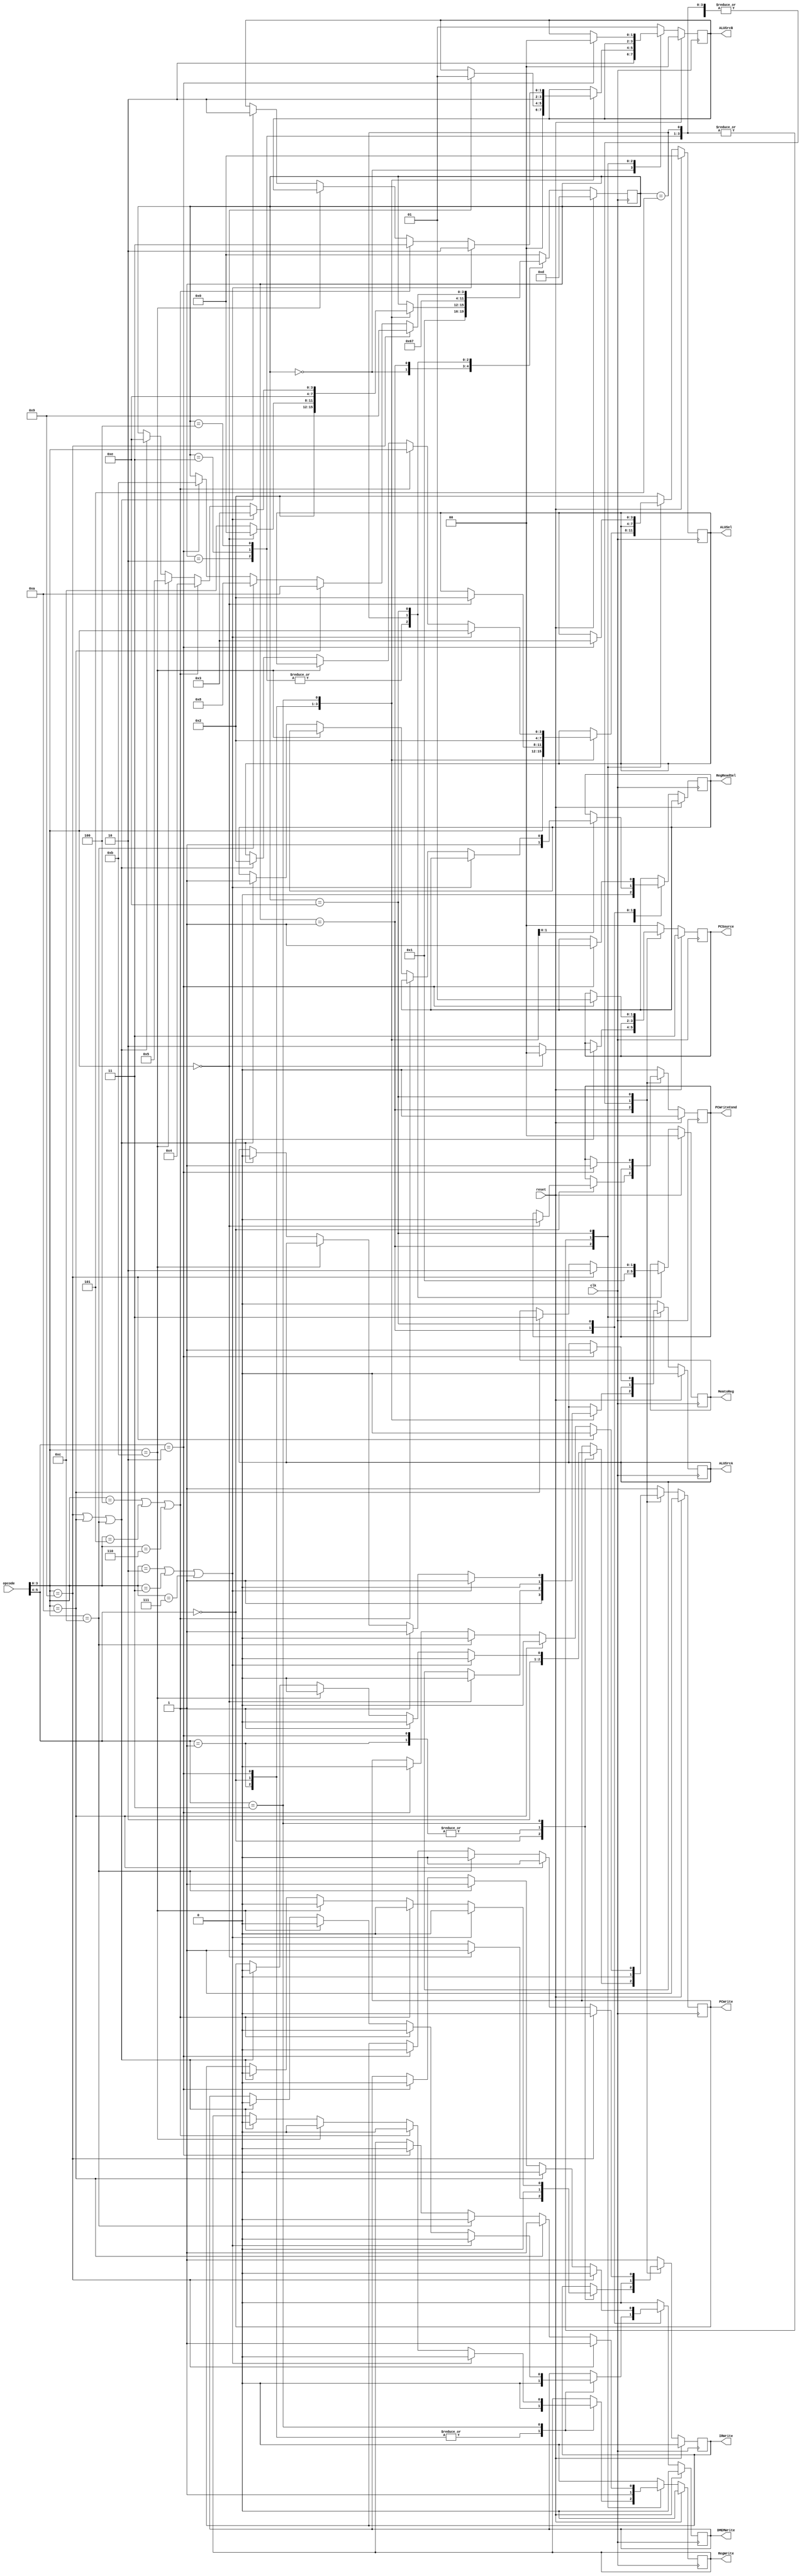
`timescale 1ns / 1ps

//CONTROLLER

module controller3(opcode, clk, reset, PCWrite, PCWriteCond, DMEMWrite, IRWrite,
						 MemtoReg, PCSource, ALUSel, ALUSrcA, ALUSrcB, RegWrite, RegReadSel);

//PORTS

// opcode, clock, and reset inputs
input [5:0] opcode;	// from instruction register
input			clk, reset;

// control signal outputs
output reg	PCWrite, PCWriteCond, DMEMWrite, IRWrite, ALUSrcA, RegWrite, RegReadSel;
output reg [1:0] MemtoReg, PCSource, ALUSrcB;
output reg [3:0] ALUSel;

//REGISTER

// 4-bit state register
reg [3:0]	state;

//PARAMETERS

// state parameters
parameter s0 = 4'd0;
parameter s1 = 4'd1;
parameter s2 = 4'd2;
parameter s3 = 4'd3;
parameter s4 = 4'd4;
parameter s5 = 4'd5;
parameter s6 = 4'd6;
parameter s7 = 4'd7;
parameter s8 = 4'd8;
parameter s9 = 4'd9;
parameter s10 = 4'd10;
parameter s11 = 4'd11;
parameter s12 = 4'd12;
parameter sR  = 4'd13;	// reset
parameter s14 = 4'd14;

// opcode[5:4] parameters
parameter  J = 2'b00; 	// Jump or NOP
parameter  R = 2'b01;	// R-type
parameter BR = 2'b10;	// Branch
parameter  I = 2'b11;	// I-type

// I-type opcode[3:0] variations
parameter ADDI = 4'b0010;
parameter SUBI = 4'b0011;
parameter ORI	= 4'b0100;
parameter ANDI = 4'b0101;
parameter XORI = 4'b0110;
parameter SLTI = 4'b0111;
parameter LI	= 4'b1001;
parameter LUI	= 4'b1010;
parameter LWI	= 4'b1011;
parameter SWI	= 4'b1100;

//STATE MACHINE

// control state machine
always @(posedge clk) begin

	// check for reset signal. If set, write zero to PC and switch to Reset State on next CC.
	if (reset) begin
		PCWrite 		<= 1;
		PCWriteCond <= 0;
		DMEMWrite 	<= 0;
		IRWrite 		<= 0;
		MemtoReg 	<= 0;
		PCSource 	<= 2'b11; // reset
		ALUSel 		<= 0;
		ALUSrcA 		<= 0;
		ALUSrcB 		<= 0;
		RegWrite 	<= 0;

		state 		<= sR;
	end
	else begin					// if reset signal is not set, check state at pos edge
		case (state)

		// if in reset state (and reset signal not set), go to s0 (IF)
		sR: begin
			PCWrite 		<= 1;
			DMEMWrite 	<= 0;
			IRWrite 		<= 1;
			PCSource 	<= 2'b00;
			ALUSel 		<= 4'b0010;
			ALUSrcA 		<= 0;
			ALUSrcB 		<= 2'b01;
			RegWrite 	<= 0;
			PCWriteCond <= 0;

			state <= s0;
		end

		// if in s0, go to s1 (ID)
		s0: begin
				PCWrite 		<= 0;
				DMEMWrite 	<= 0;
				IRWrite 		<= 0;
				ALUSel 		<= 4'b0010;
				ALUSrcA 		<= 0;
				ALUSrcB 		<= 2'b10;
				RegWrite 	<= 0;
				RegReadSel	<= 0;

				state <= s1;
		end

		// if in s1 (ID) check opcode from instruction register to determine new state
		s1: begin
			case (opcode[5:4])
			// R-type opcode: go to s2 (R-type EX)
			R: begin
				PCWrite 		<= 0;
				DMEMWrite 	<= 0;
				IRWrite 		<= 0;
				ALUSel 		<= opcode[3:0];
				ALUSrcA 		<= 1;
				ALUSrcB 		<= 2'b00;
				RegWrite 	<= 0;

				state <= s2;
			end

			// J-type or NOP
			J: begin
				// NOP: do nothing and go back to s0 (IF) for next instruction
				if (opcode[3:0] == 4'b0000) begin
					PCWrite 		<= 1;
					DMEMWrite 	<= 0;
					IRWrite 		<= 1;
					PCSource 	<= 2'b00;
					ALUSel 		<= 4'b0010;
					ALUSrcA 		<= 0;
					ALUSrcB 		<= 2'b01;
					RegWrite 	<= 0;
					PCWriteCond <= 0;

					state			<= 0;
				end
				// Jump: go to s12 (jump completion)
				else begin
					PCWrite 		<= 1;
					DMEMWrite 	<= 0;
					IRWrite 		<= 0;
					PCSource 	<= 2'b10;
					RegWrite 	<= 0;

					state <= s12;
				end
			end

			// Branch: go to s14 ($R1 read)
			BR: begin
					PCWrite 		<= 0;
					DMEMWrite 	<= 0;
					IRWrite 		<= 0;
					ALUSel 		<= 4'b0010;
					ALUSrcA 		<= 0;
					ALUSrcB 		<= 2'b10;
					RegWrite 	<= 0;
					RegReadSel	<= 1; // for R1

					state <= s14;
			end

			// I-type
			I: begin
				// go to s3 (EX for ALU I-type with sign extended immediate)
				if ((opcode[3:0] == ADDI) || (opcode[3:0] == SUBI) || (opcode[3:0] == SLTI)) begin
					PCWrite 		<= 0;
					DMEMWrite 	<= 0;
					IRWrite 		<= 0;
					ALUSel 		<= opcode[3:0];
					ALUSrcA 		<= 1;
					ALUSrcB 		<= 2'b10;
					RegWrite 	<= 0;

					state <= s3;
				end

				// go to s4 (EX for ALU I-type with zero extended immediate)
				else if ((opcode[3:0] == ORI) || (opcode[3:0] == ANDI) || (opcode[3:0] == XORI)) begin
					PCWrite 		<= 0;
					DMEMWrite 	<= 0;
					IRWrite 		<= 0;
					ALUSel 		<= opcode[3:0];
					ALUSrcA 		<= 1;
					ALUSrcB 		<= 2'b11;
					RegWrite 	<= 0;

					state <= s4;
				end

				// go to s5 (MEM access for LWI)
				else if (opcode[3:0] == LWI) begin
					PCWrite 		<= 0;
					DMEMWrite 	<= 0;
					IRWrite 		<= 0;
					RegWrite 	<= 0;

					state <= s5;
				end
				// go to s14 for R1 read
				else if ((opcode[3:0] == LI) || (opcode[3:0] == LUI) || (opcode[3:0] == SWI))begin
					PCWrite 		<= 0;
					DMEMWrite 	<= 0;
					IRWrite 		<= 0;
					ALUSel 		<= 4'b0010;
					ALUSrcA 		<= 0;
					ALUSrcB 		<= 2'b10;
					RegWrite 	<= 0;
					RegReadSel	<= 1; // for R1

					state <= s14;
				end
			end
			endcase
		end

		// if in s2 (R-type EX) go to s6 (ALUOp write backs)
		s2: begin
			PCWrite 		<= 0;
			DMEMWrite 	<= 0;
			IRWrite 		<= 0;
			MemtoReg 	<= 2'b00;
			RegWrite 	<= 1;

			state <= s6;
		end

		// if in s3 (EX for Arithmetic I-type with sign extended Imm) go to s6 (ALUOp WB)
		s3: begin
			PCWrite 		<= 0;
			DMEMWrite 	<= 0;
			IRWrite 		<= 0;
			MemtoReg 	<= 2'b00;
			RegWrite 	<= 1;

			state <= s6;
		end

		// if in s4 (EX for Arithmetic I-type with zero extended Imm) go to s6 (ALUOp WB)
		s4: begin
			PCWrite 		<= 0;
			DMEMWrite 	<= 0;
			IRWrite 		<= 0;
			MemtoReg 	<= 2'b00;
			RegWrite 	<= 1;

			state <= s6;
		end

		// if in s5 (LWI MEM access) go to s7 (Reg File WB for LWI)
		s5: begin
			PCWrite 		<= 0;
			DMEMWrite 	<= 0;
			IRWrite 		<= 0;
			MemtoReg 	<= 2'b01;
			RegWrite 	<= 1;

			state <= s7;
		end

		// if in s6 (ALUOut WB) go back to s0 (IF)
		s6: begin
			PCWrite 		<= 1;
			DMEMWrite 	<= 0;
			IRWrite 		<= 1;
			PCSource 	<= 2'b00;
			ALUSel 		<= 4'b0010;
			ALUSrcA 		<= 0;
			ALUSrcB 		<= 2'b01;
			RegWrite 	<= 0;
			PCWriteCond <= 0;

			state <= s0;
		end

		// if in s7 (Reg Gile WB for LWI) go to s0 (IF)
		s7: begin
			PCWrite 		<= 1;
			DMEMWrite 	<= 0;
			IRWrite 		<= 1;
			PCSource 	<= 2'b00;
			ALUSel 		<= 4'b0010;
			ALUSrcA 		<= 0;
			ALUSrcB 		<= 2'b01;
			RegWrite 	<= 0;
			PCWriteCond <= 0;

			state <= s0;
		end

		// if in s8 (MEM write for SWI) go to s0 (IF)
		s8: begin
			PCWrite 		<= 1;
			DMEMWrite 	<= 0;
			IRWrite 		<= 1;
			PCSource 	<= 2'b00;
			ALUSel 		<= 4'b0010;
			ALUSrcA 		<= 0;
			ALUSrcB 		<= 2'b01;
			RegWrite 	<= 0;
			PCWriteCond <= 0;

			state <= s0;
		end

		// if in s9 (Reg WB for LI) go to s0 (IF)
		s9: begin
			PCWrite 		<= 1;
			DMEMWrite 	<= 0;
			IRWrite 		<= 1;
			PCSource 	<= 2'b00;
			ALUSel 		<= 4'b0010;
			ALUSrcA 		<= 0;
			ALUSrcB 		<= 2'b01;
			RegWrite 	<= 0;
			PCWriteCond <= 0;

			state <= s0;
		end

		// if in s10 (Reg WB for LUI) go to s0 (IF)
		s10: begin
			PCWrite 		<= 1;
			DMEMWrite 	<= 0;
			IRWrite 		<= 1;
			PCSource 	<= 2'b00;
			ALUSel 		<= 4'b0010;
			ALUSrcA 		<= 0;
			ALUSrcB 		<= 2'b01;
			RegWrite 	<= 0;
			PCWriteCond <= 0;

			state <= s0;
		end

		// if in s11 (Branch completion) go to s0 (IF)
		s11: begin
			PCWrite 		<= 1;
			DMEMWrite 	<= 0;
			IRWrite 		<= 1;
			PCSource 	<= 2'b00;
			ALUSel 		<= 4'b0010;
			ALUSrcA 		<= 0;
			ALUSrcB 		<= 2'b01;
			RegWrite 	<= 0;
			PCWriteCond <= 0;

			state <= s0;
		end

		// if in s12 (Jump completion) go to s0 (IF)
		s12: begin
			PCWrite 		<= 1;
			DMEMWrite 	<= 0;
			IRWrite 		<= 1;
			PCSource 	<= 2'b00;
			ALUSel 		<= 4'b0010;
			ALUSrcA 		<= 0;
			ALUSrcB 		<= 2'b01;
			RegWrite 	<= 0;
			PCWriteCond <= 0;

			state <= s0;
		end

		// if in R1 read
		s14: begin
			// if Branch, go to s11, branch completion
			if (opcode[5:4] == BR) begin
				PCWrite 		<= 0;
				PCWriteCond <= 1;
				DMEMWrite 	<= 0;
				IRWrite 		<= 0;
				PCSource 	<= 2'b01;
				ALUSel 		<= 4'b0011;
				ALUSrcA 		<= 1;
				ALUSrcB 		<= 2'b00;
				RegWrite 	<= 0;
				RegReadSel	<= 1;

				state <= s11;
			end
			// if LI, go to s9 LI WB
			if (opcode[3:0] == LI) begin
				PCWrite 		<= 0;
				DMEMWrite 	<= 0;
				IRWrite 		<= 0;
				MemtoReg 	<= 2'b10;
				RegWrite 	<= 1;

				state <= s9;
			end
			// if LUI, go to s10 LUI WB
			else if (opcode[3:0] == LUI) begin
				PCWrite 		<= 0;
				DMEMWrite 	<= 0;
				IRWrite 		<= 0;
				MemtoReg 	<= 2'b11;
				RegWrite 	<= 1;

				state <= s10;
			end
			// if SWI, go to s8, Mem Access
			else if (opcode[3:0] == SWI) begin
				PCWrite 		<= 0;
				DMEMWrite 	<= 1;
				IRWrite 		<= 0;
				RegWrite 	<= 0;

				state <= s8;
			end
		end
		// go to s0
		default: begin
			PCWrite 		<= 1;
			DMEMWrite 	<= 0;
			IRWrite 		<= 1;
			PCSource 	<= 2'b00;
			ALUSel 		<= 4'b0010;
			ALUSrcA 		<= 0;
			ALUSrcB 		<= 2'b01;
			RegWrite 	<= 0;
			PCWriteCond <= 0;

			state <= s0;
		end
		endcase
	end
end

endmodule